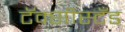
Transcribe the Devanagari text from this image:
टॅक्सीस्टँड